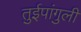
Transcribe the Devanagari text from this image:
तुईपांगुली